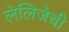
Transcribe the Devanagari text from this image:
लेलिजेची